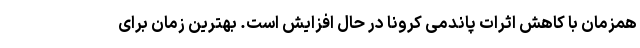
همزمان با کاهش اثرات پاندمی کرونا در حال افزایش است. بهترین زمان برای